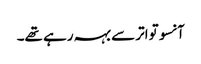
آنسو تواتر سے بہہ رہے تھے۔